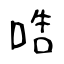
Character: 哠